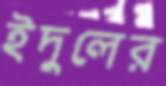
ইদুলের